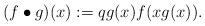
LaTeX: \begin{align*} (f \bullet g)(x):=q g(x)f(xg(x)).\end{align*}